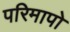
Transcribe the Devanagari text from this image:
परिमापो